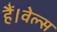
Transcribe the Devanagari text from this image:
हैं।वेल्स